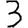
Digit: 3